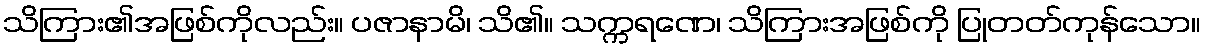
သိကြား၏အဖြစ်ကိုလည်း။ ပဇာနာမိ၊ သိ၏။ သက္ကရဏေ၊ သိကြားအဖြစ်ကို ပြုတတ်ကုန်သော။